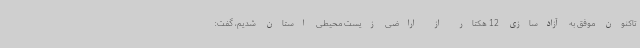
تاکنون موفق به آزادسازی 12 هکتار از اراضی زیست محیطی استان شدیم، گفت: